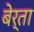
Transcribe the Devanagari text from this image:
बेर्ता